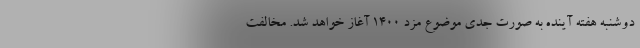
دوشنبه هفته آینده به صورت جدی موضوع مزد 1400 آغاز خواهد شد. مخالفت